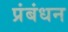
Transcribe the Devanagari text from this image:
प्रंबंधन